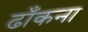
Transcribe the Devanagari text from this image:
ढाँकना